Insane asylums in Bengal annual reports 1876-1887 - 1876-1887
Year: 1876
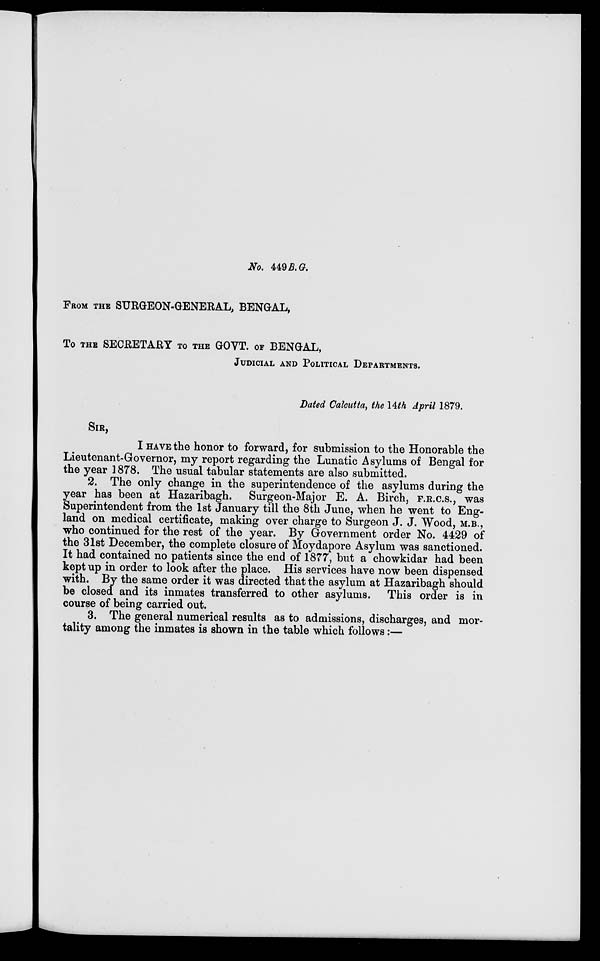
No. 449 B.G.
FROM THE SURGEON-GENERAL, BENGAL,
To THE SECRETARY TO THE GOVT. OF BENGAL,
JUDICIAL AND POLITICAL DEPARTMENTS.
Dated Calcutta, the 14th April 1879.
SIR,
I HAVE the honor to forward, for submission to the Honorable the
Lieutenant-Governor, my report regarding the Lunatic Asylums of Bengal for
the year 1878. The usual tabular statements are also submitted.
2. The only change in the superintendence of the asylums during the
year has been at Hazaribagh. Surgeon-Major E. A. Birch, F.R.C.S., was
Superintendent from the 1st January till the 8th June, when he went to Eng-
land on medical certificate, making over charge to Surgeon J. J. Wood, M.B.,
who continued for the rest of the year. By Government order No. 4429 of
the 31st December, the complete closure of Moydapore Asylum was sanctioned.
It had contained no patients since the end of 1877, but a chowkidar had been
kept up in order to look after the place. His services have now been dispensed
with. By the same order it was directed that the asylum at Hazaribagh should
be closed and its inmates transferred to other asylums. This order is in
course of being carried out.
3. The general numerical results as to admissions, discharges, and mor-
tality among the inmates is shown in the table which follows:—